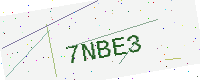
Text: 7NBE3